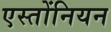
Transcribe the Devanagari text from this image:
एस्तोंनियन